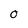
Character: O